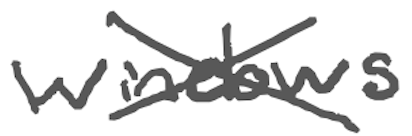
Text: windows
Cross-out: cross
Writing tool: digital_gray